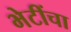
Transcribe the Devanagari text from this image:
भेटींचा